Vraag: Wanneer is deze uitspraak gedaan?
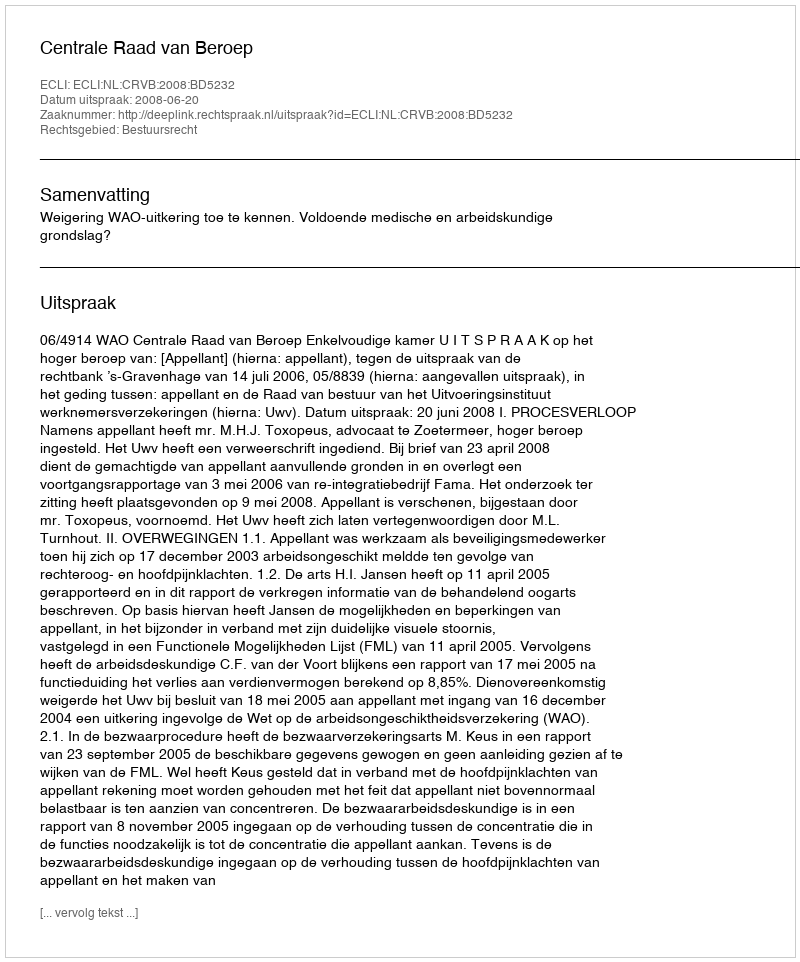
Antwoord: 2008-06-20